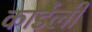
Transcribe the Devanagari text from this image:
कार्डेली